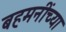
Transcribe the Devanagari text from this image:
बहमनींच्या